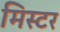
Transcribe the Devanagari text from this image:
मिस्‍टर